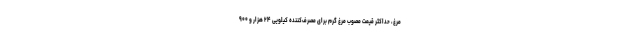
مرغ، حداکثر قیمت مصوب مرغ گرم برای مصرف‌کننده ‌کیلویی ۲۴ هزار و ۹۰۰